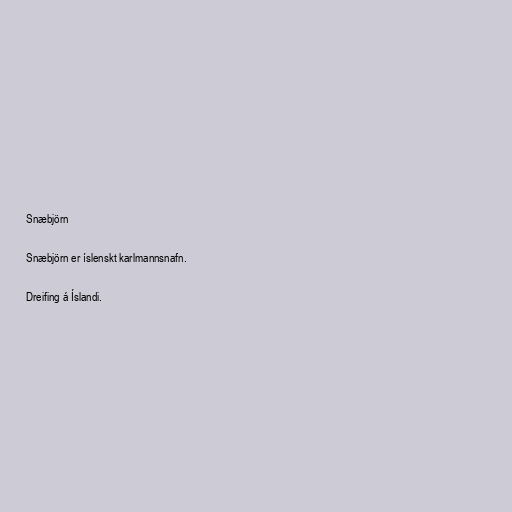
Snæbjörn

Snæbjörn er íslenskt karlmannsnafn.

Dreifing á Íslandi.